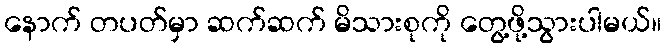
နောက် တပတ်မှာ ဆက်ဆက် မိသားစုကို တွေ့ဖို့သွားပါမယ်။